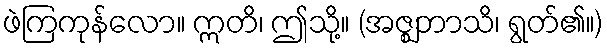
ဖဲကြကုန်လော။ ဣတိ၊ ဤသို့။ (အဇ္ဈဘာသိ၊ ရွတ်၏။)